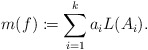
\begin{align*} m(f) \coloneqq \sum\limits_{i=1}^{k}a_{i}L(A_{i}). \end{align*}